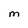
Character: M